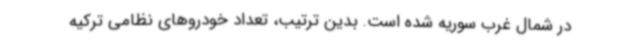
در شمال غرب سوریه شده است. بدین ترتیب، تعداد خودروهای نظامی ترکیه